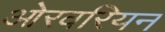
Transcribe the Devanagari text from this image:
ओरवरियन